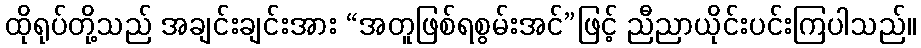
ထိုရုပ်တို့သည် အချင်းချင်းအား “အတူဖြစ်ရစွမ်းအင်”ဖြင့် ညီညာယိုင်းပင်းကြပါသည်။